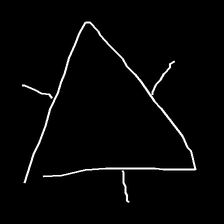
Glyph: fire